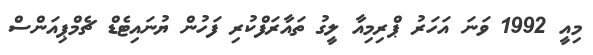
މިއީ 1992 ވަނަ އަހަރު ޕްރިމިއާ ލީގު ތައާރަފްކުރި ފަހުން ޔުނައިޓެޑް ޗެމްޕިއަންސް